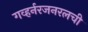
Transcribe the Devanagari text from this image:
गव्हर्नरजनरलची